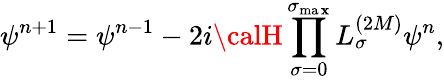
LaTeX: \psi^{n+1}=\psi^{n-1}-2i{\calH}\prod_{\sigma=0}^{\sigma_{\operatorname*{ma\mathbf{x}}}}L_{\sigma}^{(2M)}\psi^{n},